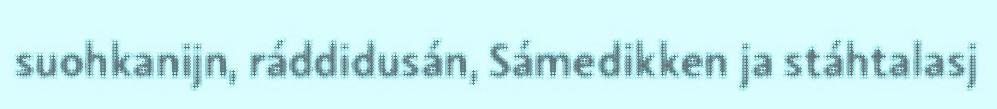
suohkanijn, ráddidusán, Sámedikken ja stáhtalasj